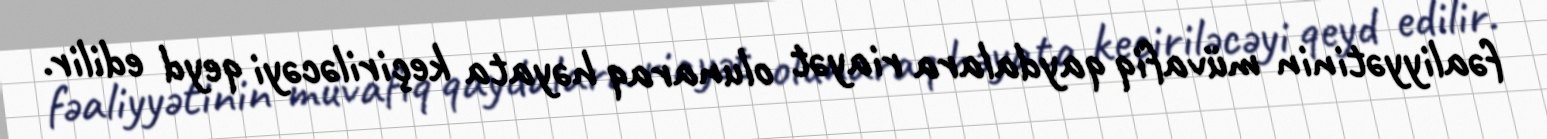
fəaliyyətinin müvafiq qaydalara riayət olunaraq həyata keçiriləcəyi qeyd edilir.